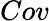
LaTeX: Cov